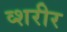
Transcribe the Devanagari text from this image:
व्शरीर